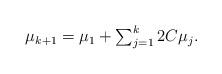
LaTeX: \begin{align*}\begin{array}{ll}\mu_{k+1} = \mu_{1} + \sum_{j=1}^{k} 2 C \mu_{j}.\end{array}\end{align*}